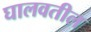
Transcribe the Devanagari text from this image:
घालवतील